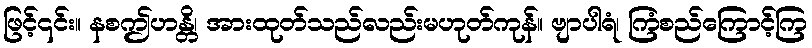
ဖြင့်၎င်း။ နစဤဟန္တိ၊ အားထုတ်သည်လည်းမဟုတ်ကုန်။ ဗျာပါရံ၊ ကြံစည်ကြောင့်ကြ